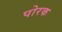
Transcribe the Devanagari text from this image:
पोरक